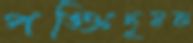
পঙ্‌ক্তিদূষক